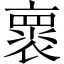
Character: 褱